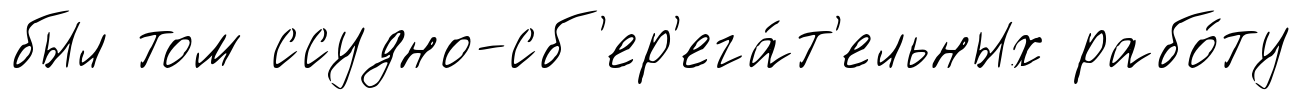
был том ссудно-сб'ер'ега́т'ельных рабо́ту